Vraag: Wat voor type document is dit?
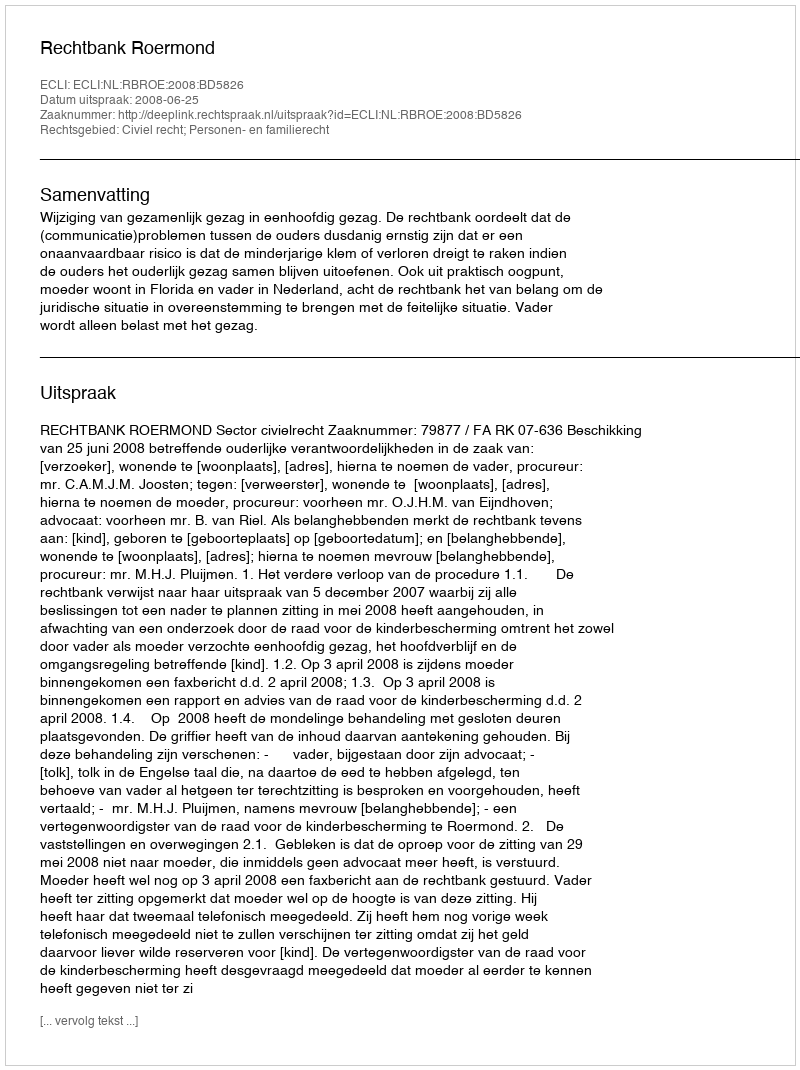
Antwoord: Uitspraak